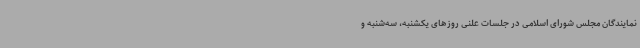
نمایندگان مجلس شورای اسلامی در جلسات علنی روزهای یکشنبه، سه‌شنبه و